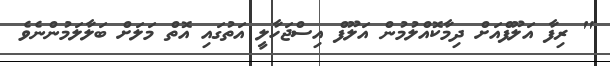
" ރިފާ އަލޫފްއަށް ދިމާކޮއްލުމުން އަލޫފް އިސްޖަހާލީ އަތުގައި އޮތް މަލަށް ބަލާލަމުންނެވެ